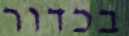
בכדור